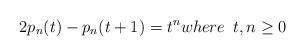
LaTeX: \begin{align*}2p_{n}(t)-p_{n}(t+1)=t^nwhere\thinspace\thinspace\thinspace t,n\geq0\end{align*}